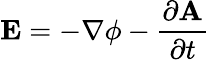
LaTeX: \mathbf{E}=-\nabla\phi-{\frac{\partial\mathbf{A}}{\partial t}}